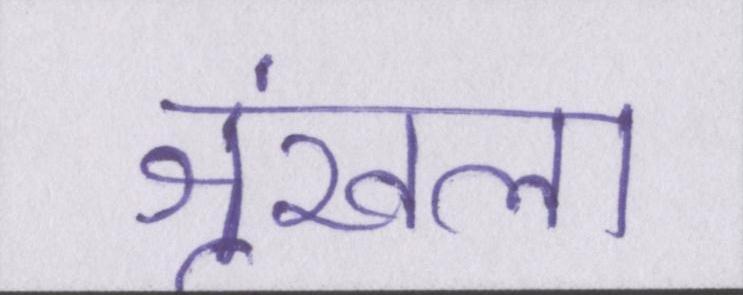
श्रृंखला